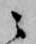
ニ